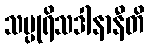
သပ္ပုရိသဒါနာနီတိ